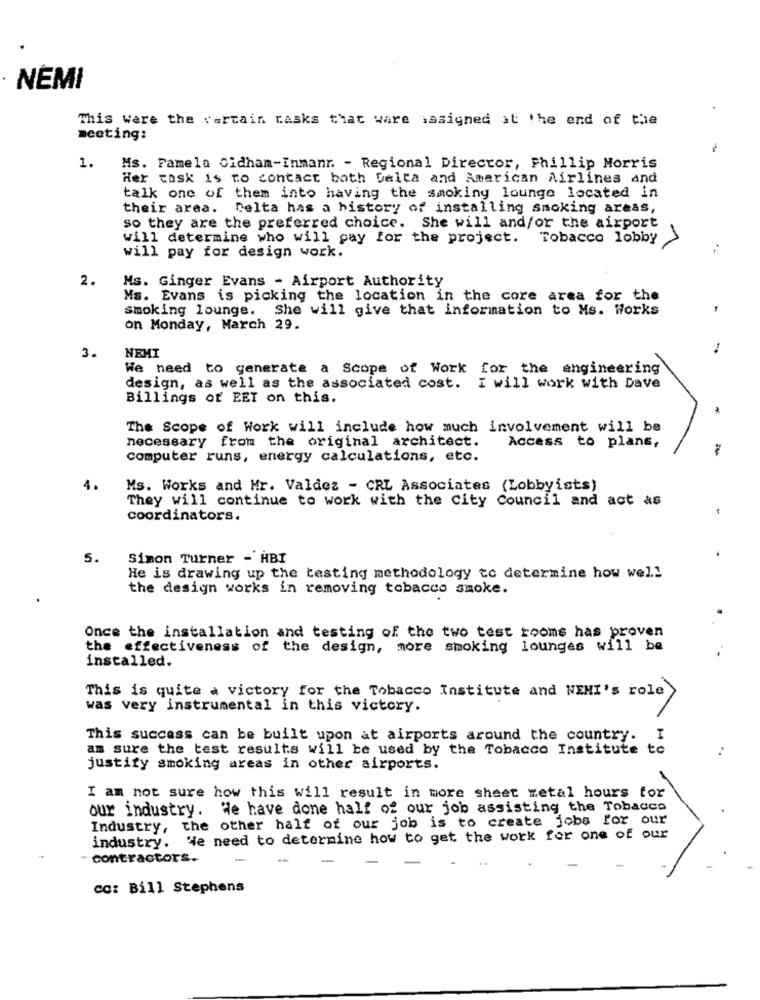
NEMI
This were the certain tasks that ware issigned at the end of the
meeting:
1.
Ms. Famela Oidham-Inmanr. - Regional Director, Phillip Morris
Her task is to contact both Delta and American Airlines and
talk one of them into having the smoking lounge located in
their area. Delta has a history of installing smoking areas,
so they are the preferred choice. She will and/or the airport
will determine who will pay for the project. Tobacco lobby
will pay for design work.
2.
Ms. Ginger Evans - Airport Authority
Ms. Evans is picking the location in the core area for the
smoking lounge. She will give that information to Ms. Works
on Monday, March 29.
3.
NEMI
We need to generate a Scope of Work for the engineering
design, as well as the associated cost. I will work with Dave
Billings of EET on this.
The Scope of Work will include how much involvement will be
necessary from the original architect.
Access to plans,
computer runs, energy calculations, etc.
4.
Ms. Works and Mr. Valdez - CRL Associates (Lobbyists)
They will continue to work with the City Council and act as
coordinators.
5.
Simon Turner - HBI
He is drawing up the testing methodology to determine how well
the design works in removing tobacco smoke.
Once the installation and testing of the two test rooms has proven
the effectiveness of the design, more smoking lounges will be
installed.
This is quite a victory for the Tobacco Institute and NEMI's role
was very instrumental in this victory.
This success can be built upon at airports around the country. I
am sure the test results will be used by the Tobacco Institute t
justify smoking areas in other airports.
I am not sure how this will result in more sheet metal hours for
our industry. We have done half of our job assisting the Tobacco
Industry, the other half of our job is to create jobs for our
industry. We need to determine how to get the work for one of our
- contractors.
cc: Bill Stephens